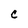
Character: C